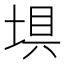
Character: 埧